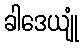
ခါဒေယျုံ